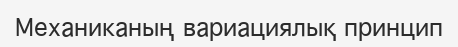
Механиканың вариациялық принцип